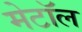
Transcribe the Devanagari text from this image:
मेटॉल